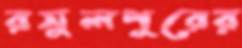
রসুলপুরের